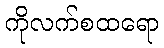
ကိုလက်စထရော